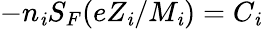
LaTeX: -n_{\mathit{i}}S_{F}(eZ_{\mathit{i}}/M_{\mathit{i}})=C_{\mathit{i}}